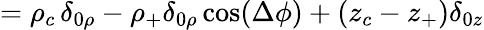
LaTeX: =\rho_{c}\, \delta_{0\rho}-\rho_{+}\delta_{0\rho}\cos(\Delta\phi)+(z_{c}-z_{+})\delta_{0z}